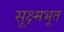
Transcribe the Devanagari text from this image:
सूक्ष्मभूत